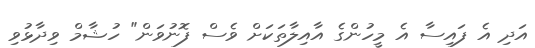
އަދި އެ ފައިސާ އެ މީހުންގެ އާއިލާތަކަށް ވެސް ފޮނުވަން" ހުޝާމް ވިދާޅުވި